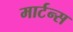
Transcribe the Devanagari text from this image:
मार्टन्स